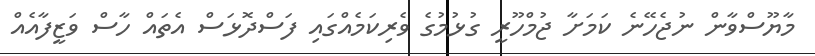
މާޔޫސްވާން ނުޖެހޭނެ ކަމަށާ ޖުމްހޫރީ ގުޅުމުގެ ވެރިކަމެއްގައި ފަސްދޮޅަސް އެތައް ހާސް ވަޒީފާއެއް